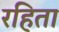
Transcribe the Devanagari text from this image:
रहिता